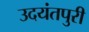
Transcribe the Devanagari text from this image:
उदयंतपुरी